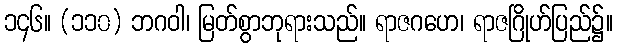
၁၄၆။ (၁၁၀) ဘဂဝါ၊ မြတ်စွာဘုရားသည်။ ရာဇဂဟေ၊ ရာဇဂြိုဟ်ပြည်၌။